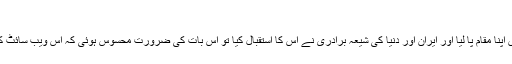
ابنا
جس وقت مذکورہ ویب سائٹ نے خبری حلقوں میں اپنا مقام پا لیا اور ایران اور دنیا کی شیعہ برادری نے اس کا استقبال کیا تو اس بات کی ضرورت محسوس ہوئی کہ اس ویب سائٹ کو ایک نیوز ایجنسی کے طور پر کام کرنا چاہئے۔